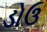
ડોઉ